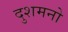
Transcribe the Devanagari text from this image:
दुशमनो